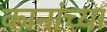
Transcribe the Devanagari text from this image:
कानांच्या